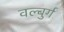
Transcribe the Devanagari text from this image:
वल्बुर्ग